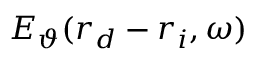
E _ { \vartheta } ( \boldsymbol { r } _ { d } - \boldsymbol { r } _ { i } , \omega )